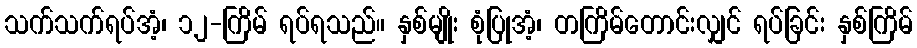
သက်သက်ရပ်အံ့၊ ၁၂-ကြိမ် ရပ်ရသည်။ နှစ်မျိုး စုံပြုအံ့၊ တကြိမ်တောင်းလျှင် ရပ်ခြင်း နှစ်ကြိမ်